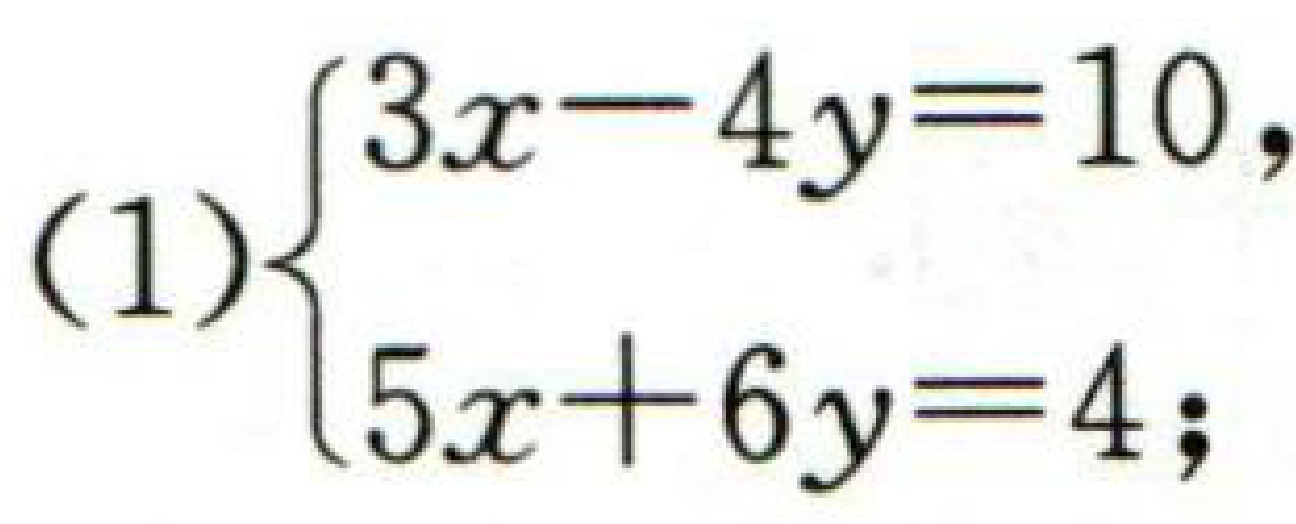
(1)$\begin{cases}3x - 4y = 10,\\5x + 6y = 4;\end{cases}$